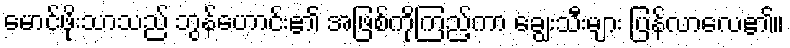
မောင်ဖိုးသာသည် ဘွန်ဟောင်း၏ အဖြစ်ကိုကြည့်ကာ ချွေးသီးများ ပြန်လာလေ၏။